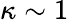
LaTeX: \kappa\sim 1